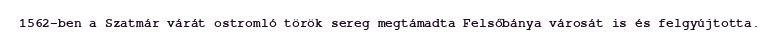
1562-ben a Szatmár várát ostromló török sereg megtámadta Felsőbánya városát is és felgyújtotta.